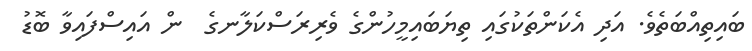
ބައިތިއްބަތެވެ. އަދި އެކަންތަކުގައި ތިޔަބައިމީހުންގެ ވެރިރަސްކަލާނގެ  ން އައިސްފައިވާ ބޮޑު